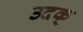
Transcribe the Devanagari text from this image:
उदक्